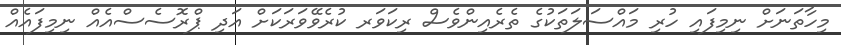
މިހާތަނަށް ނިމިފައި ހުރި މައްސަލަތަކުގެ ތެރެއިންވެސް ރިކަވަރ ކުރެވޭވަރަކަށް އަދި ޕްރޮސެސްއެއް ނިމިފައެއް